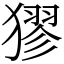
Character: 㺒